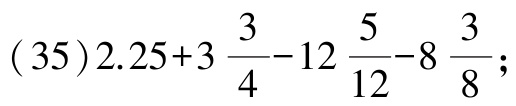
\((35)2.25 + 3\frac{3}{4}-12\frac{5}{12}-8\frac{3}{8};\)